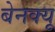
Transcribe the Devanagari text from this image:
बेनक्यू